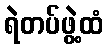
ရဲတပ်ဖွဲ့ထံ